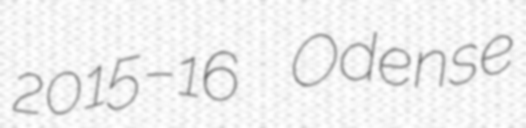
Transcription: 2015–16 Odense